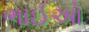
ભાઈઓ